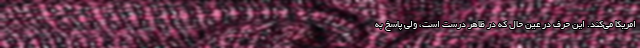
امریکا می‌کند. این حرف در عین حال که در ظاهر درست است، ولی پاسخ به